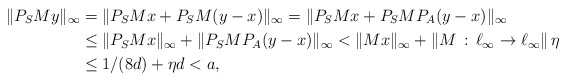
\begin{align*}\Vert P_{S} M y\Vert_{\infty}&= \Vert P_{S} M x + P_{S} M (y-x)\Vert_{\infty}= \Vert P_{S} M x + P_{S} M P_{A}(y-x)\Vert_{\infty}\\&\leq \Vert P_{S} M x\Vert_{\infty}+ \Vert P_{S} M P_{A}(y-x)\Vert_{\infty}<\|Mx\|_{\infty} + \Vert M\, : \, \ell_{\infty} \rightarrow \ell_{\infty} \Vert \, \eta\\&\leq 1/(8d) +\eta d < a,\end{align*}